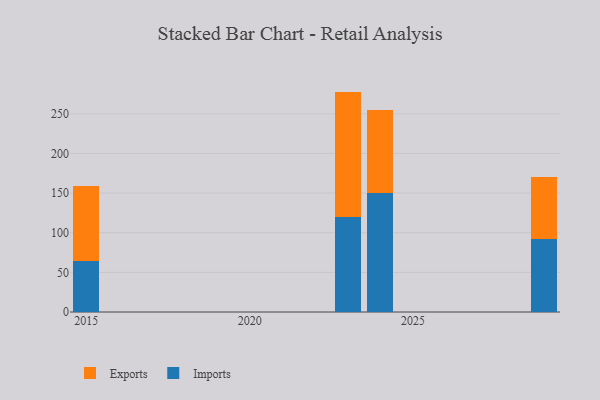
{"axis": {"x": "Year", "y": "Website Visitors"}, "legend": ["Exports", "Imports"], "data": [{"x": "2029", "y": 91.5, "type": "Imports"}, {"x": "2029", "y": 78.5, "type": "Exports"}, {"x": "2015", "y": 64.0, "type": "Imports"}, {"x": "2015", "y": 94.5, "type": "Exports"}, {"x": "2024", "y": 150.5, "type": "Imports"}, {"x": "2024", "y": 104.0, "type": "Exports"}, {"x": "2023", "y": 119.7, "type": "Imports"}, {"x": "2023", "y": 158.3, "type": "Exports"}]}